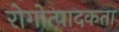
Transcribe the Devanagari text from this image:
रोगोत्पादकता